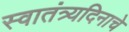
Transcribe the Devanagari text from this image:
स्वातंत्र्यदिनाचे